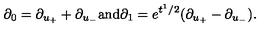
\partial _ { 0 } = \partial _ { u _ { + } } + \partial _ { u _ { - } } \mathrm { a n d } \partial _ { 1 } = e ^ { t ^ { 1 } / 2 } ( \partial _ { u _ { + } } - \partial _ { u _ { - } } ) .